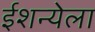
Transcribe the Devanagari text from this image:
ईशन्येला